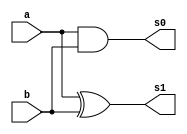
//----------------------------
// Nome: Caio Ragacci Pimentel
// Matrcula: 405794
//----------------------------


//----------------------------
//------ Guia 04 - 02---------
//----------------------------



module meiaSomacompacto(s0,s1,a,b);

	output s0,s1;
	input  a, b;
	
	and(s0, a, b);  
	xor(s1,  a, b);
	
	
endmodule // fim meiaSomacompacto

module SomaCompleta (Resultado, Cout, a, b, Cin);

	output Resultado, Cout;
	input  a, b, Cin;
	
	wire temp1, temp2, temp3;
	
	meiaSomacompacto SOMA1(temp1,temp2,a,b);
	meiaSomacompacto SOMA2(temp3,Resultado,temp2,Cin);
	
	or(Cout, temp1, temp3);
		

endmodule // fim SomaCompleta


module testeSomaCompleta;
	
	wire Resultado, Cout;
	reg  a, b, Cin;

	
	SomaCompleta SOMA (Resultado, Cout, a, b, Cin);
	
	initial begin
	
		$display("\n Guia 04 - 02 - Caio Ragacci Pimentel - 405794 ");
		$display("\n SOMADOR COMPLETO");
		$display("\n A + B = s0 s1 \n");

		a = 0; b = 0;  Cin = 0;
		$monitor(" %b + %b  = %b %b", a, b, Cout, Resultado);
	#1	a = 0; b = 1;
	
	#1	a = 1; b = 0;
	
	#1	a = 1; b = 1;
	
		
	end
	 
endmodule // fim testeSomaCompleta